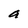
Character: a